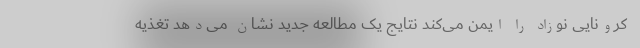
کرونایی نوزاد را ایمن می‌کند نتایج یک مطالعه جدید نشان می‌دهد تغذیه